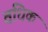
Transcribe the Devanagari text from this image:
वधिक